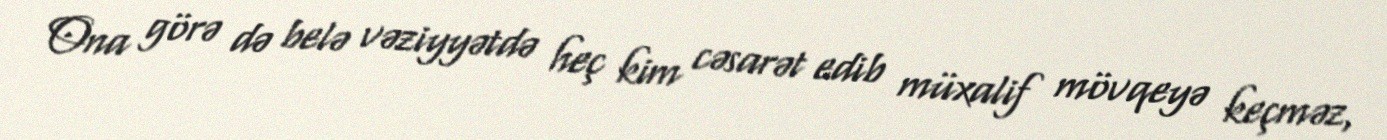
Ona görə də belə vəziyyətdə heç kim cəsarət edib müxalif mövqeyə keçməz,